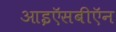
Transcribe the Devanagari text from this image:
आइऍसबीऍन